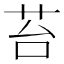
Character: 苔